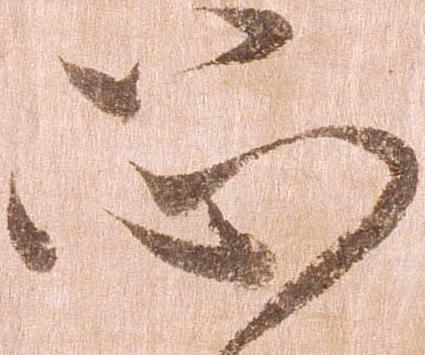
恐